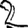
Digit: 2